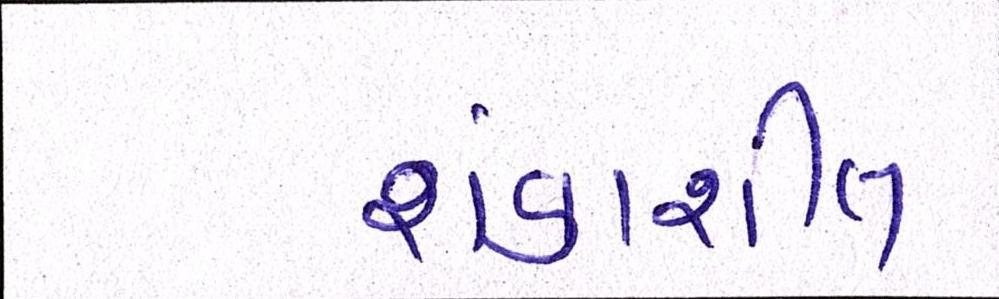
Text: શંકાશીલ